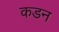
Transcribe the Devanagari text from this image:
कडन